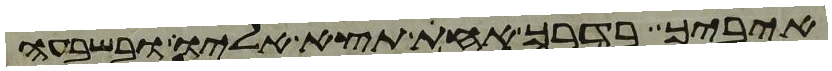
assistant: איביך בדרך אחת תצא אליו ובשבעה